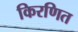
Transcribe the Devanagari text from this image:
किरणित